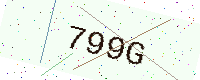
Text: 799G